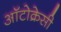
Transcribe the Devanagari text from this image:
ऑटोक्रेसी